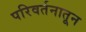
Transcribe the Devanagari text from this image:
परिवर्तनातून